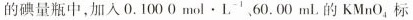
的碘量瓶中，加入0.1000mol·L^{-1}60.00mL^{-1}的KMnO_{4}标